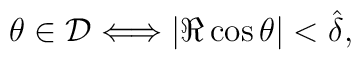
\theta\in {\cal D} \Longleftrightarrow |\Re\cos\theta|<\hat\delta,